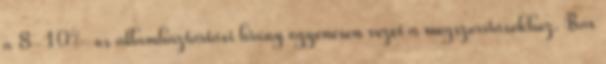
a 8-10%-os államháztartási hiány egyenesen vezet a megszorításokhoz. Bár